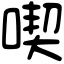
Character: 喫